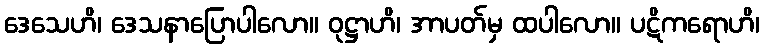
ဒေသေဟိ၊ ဒေသနာပြောပါလော။ ဝုဋ္ဌာဟိ၊ အာပတ်မှ ထပါလော။ ပဋိကရောဟိ၊